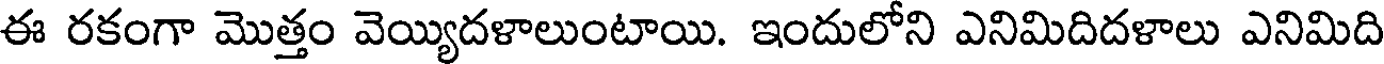
ఈ రకంగా మొత్తం వెయ్యిదళాలుంటాయి. ఇందులోని ఎనిమిదిదళాలు ఎనిమిది